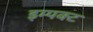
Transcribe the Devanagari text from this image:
इम्पक्ट